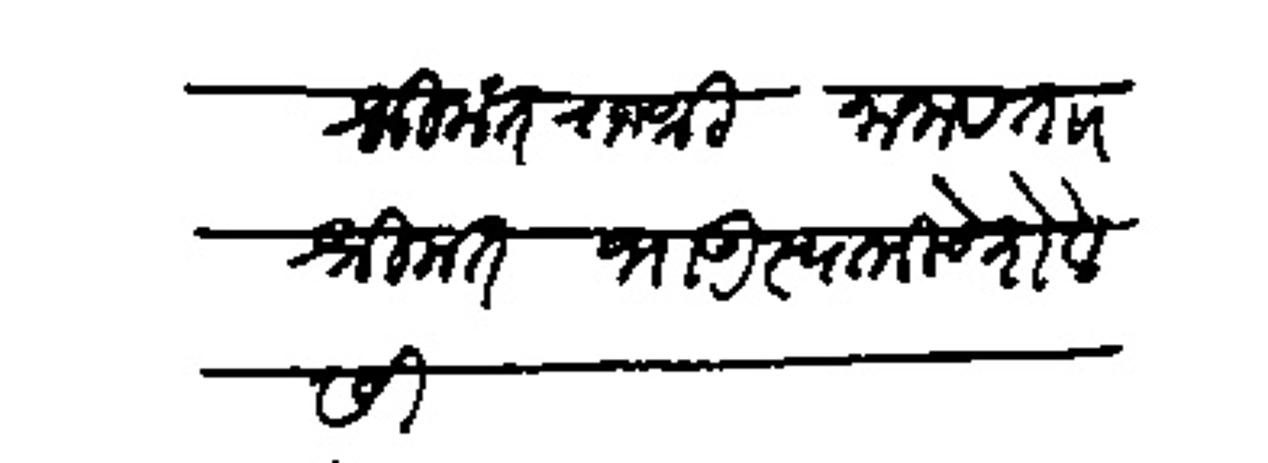
Transliteration (Devanagari): श्रीमंत राजश्री नाना व ताा श्रीमंत भाऊ स्वामीचे शेवेसी